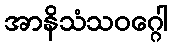
အာနိသံသဝဂ္ဂေါ